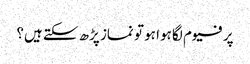
پرفیوم لگا ہوا ہو تو نماز پڑھ سکتے ہیں؟